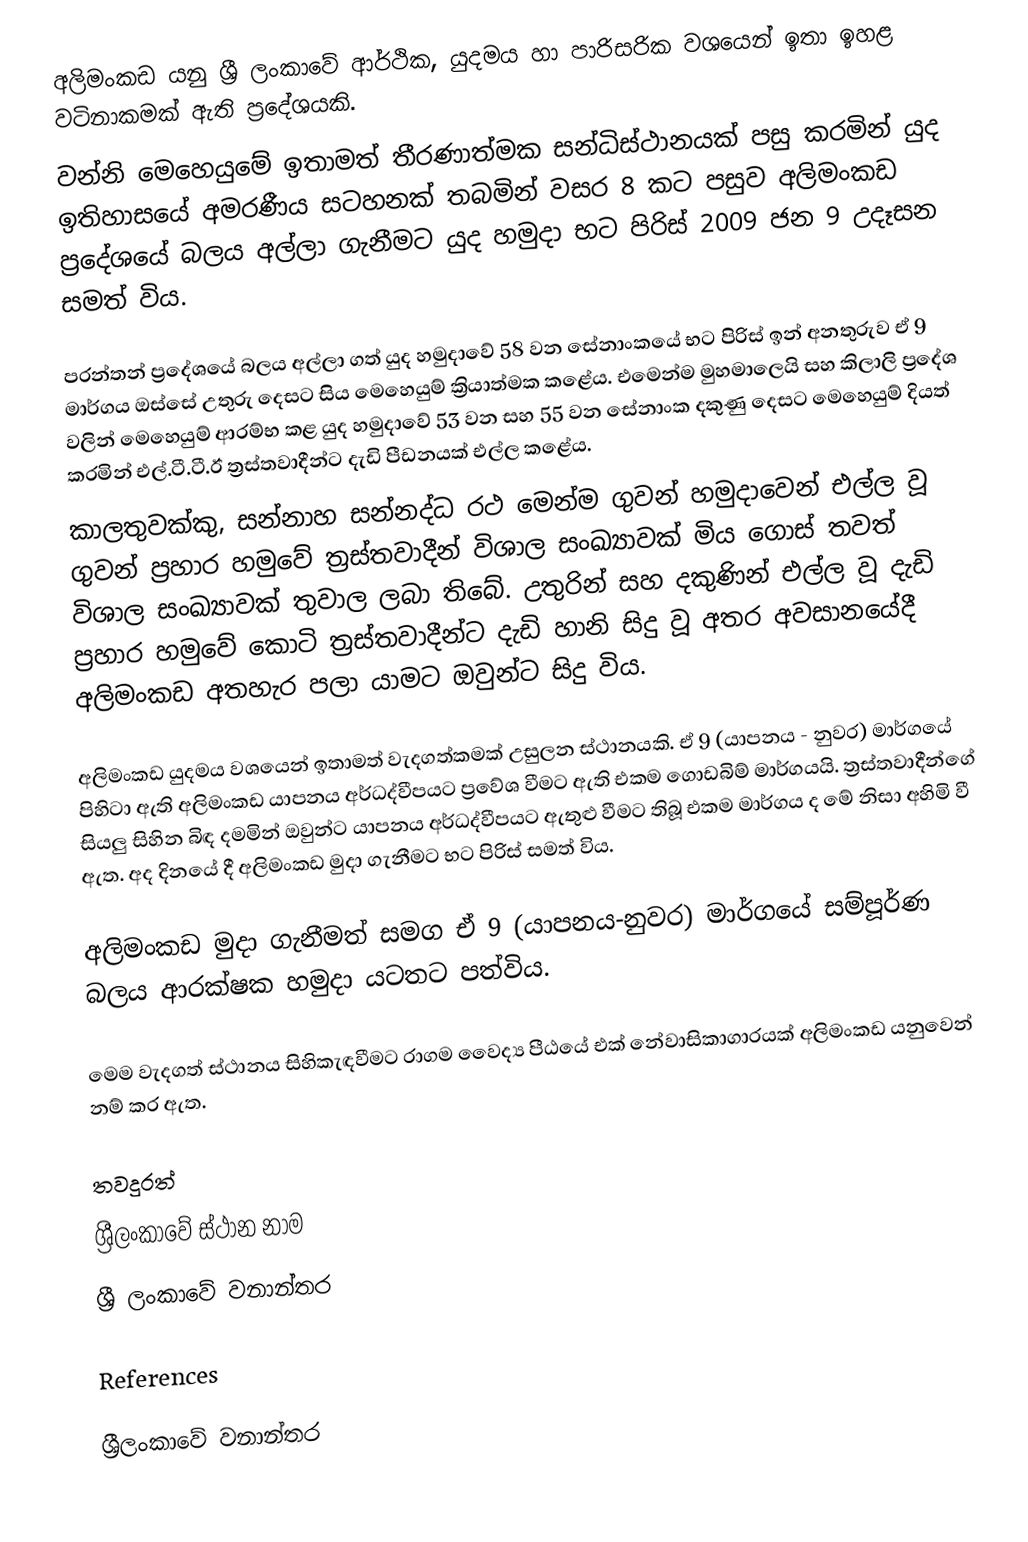
අලිමංකඩ යනු ශ්‍රී ලංකාවේ ආර්ථික, යුදමය හා පාරිසරික වශයෙන් ඉතා ඉහළ වටිනාකමක් ඇති ප්‍රදේශයකි.
වන්නි මෙහෙයුමේ ඉතාමත් තීරණාත්මක සන්ධිස්ථානයක් පසු කරමින් යුද ඉතිහාසයේ අමරණීය සටහනක් තබමින් වසර 8 කට පසුව අලිමංකඩ ප්‍රදේශයේ බලය අල්ලා ගැනීමට යුද හමුදා භට පිරිස් 2009 ජන 9 උදෑසන සමත් විය.

පරන්තන් ප්‍රදේශයේ බලය අල්ලා ගත් යුද හමුදාවේ 58 වන සේනාංකයේ භට පිරිස් ඉන් අනතුරුව ඒ 9 මාර්ගය ඔස්සේ උතුරු දෙසට සිය මෙහෙයුම් ක්‍රියාත්මක කළේය. එමෙන්ම මුහමාලෙයි සහ කිලාලි ප්‍රදේශ වලින් මෙහෙයුම් ආරම්භ කළ යුද හමුදාවේ 53 වන සහ 55 වන ‍සේනාංක දකුණු දෙසට මෙහෙයුම් දියත් කරමින් එල්.ටී.ටී.ඊ ත්‍රස්තවාදීන්ට දැඩි පීඩනයක් එල්ල කළේය.
කාලතුවක්කු, සන්නාහ සන්නද්ධ රථ මෙන්ම ගුවන් හමුදාවෙන් එල්ල වූ ගුවන් ප්‍රහාර හමුවේ ත්‍රස්තවාදීන් විශාල සංඛ්‍යාවක් මිය ගොස් තවත් විශාල සංඛ්‍යාවක් තුවාල ලබා තිබේ. උතුරින් සහ දකුණින් එල්ල වූ දැඩි ප්‍රහාර හමුවේ කොටි ත්‍රස්තවාදීන්ට දැඩි හානි සිදු වූ අතර අවසානයේදී අලිමංකඩ අතහැර පලා යාමට ඔවුන්ට සිදු විය.

අලිමංකඩ යුදමය වශයෙන් ඉතාමත් වැදගත්කමක් උසුලන ස්ථානයකි. ඒ 9 (යාපනය - නුවර) මාර්ගයේ පිහිටා ඇති අලිමංකඩ යාපනය අර්ධද්වීපයට ප්‍රවේශ වීමට ඇති එකම ගොඩබිම් මාර්ගයයි. ත්‍රස්තවාදීන්ගේ සියලු සිහින බිඳ දමමින් ඔවුන්ට යාපනය අර්ධද්වීපයට ඇතුළු වීමට තිබූ එකම මාර්ගය ද මේ නිසා අහිමි වී ඇත.  අද දිනයේ දී අලිමංකඩ මුදා ගැනීමට භට පිරිස් සමත් විය.

අලිමංකඩ මුදා ගැනීමත් සමග ඒ 9 (යාපනය-නුවර) මාර්ගයේ සම්පූර්ණ බලය ආරක්ෂක හමුදා යටතට පත්විය.

මෙම වැදගත් ස්ථානය සිහිකැඳවීමට රාගම වෛද්‍ය පීඨයේ එක් නේවාසිකාගාරයක් අලිමංකඩ යනුවෙන් නම් කර ඇත.

තවදුරත්
ශ්‍රීලංකාවේ ස්ථාන නාම
ශ්‍රී ලංකාවේ වනාන්තර

References

ශ්‍රීලංකාවේ වනාන්තර